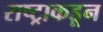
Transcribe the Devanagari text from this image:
राष्ट्राकडून